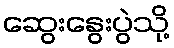
ဆွေးနွေးပွဲသို့